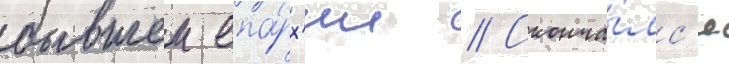
бывшеи епа́рх'ии // Сконча́лс'я